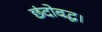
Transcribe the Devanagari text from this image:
छंदोबद्ध।